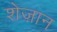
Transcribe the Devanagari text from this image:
शेज़ान